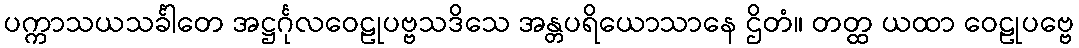
ပက္ကာသယသင်္ခါတေ အဋ္ဌင်္ဂုလဝေဠုပဗ္ဗသဒိသေ အန္တပရိယောသာနေ ဌိတံ။ တတ္ထ ယထာ ဝေဠုပဗ္ဗေ